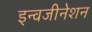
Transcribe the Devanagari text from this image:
इन्वजीनेशन